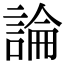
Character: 論